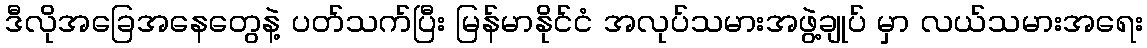
ဒီလိုအခြေအနေတွေနဲ့ ပတ်သက်ပြီး မြန်မာနိုင်ငံ အလုပ်သမားအဖွဲ့ချုပ် မှာ လယ်သမားအရေး